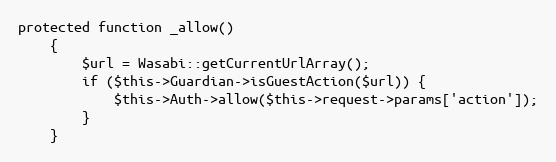
Language: PHP
protected function _allow()
    {
        $url = Wasabi::getCurrentUrlArray();
        if ($this->Guardian->isGuestAction($url)) {
            $this->Auth->allow($this->request->params['action']);
        }
    }